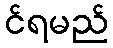
င်ရမည်